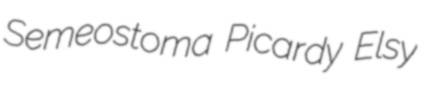
Semeostoma Picardy Elsy